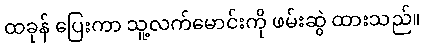
ထခုန် ပြေးကာ သူ့လက်မောင်းကို ဖမ်းဆွဲ ထားသည်။